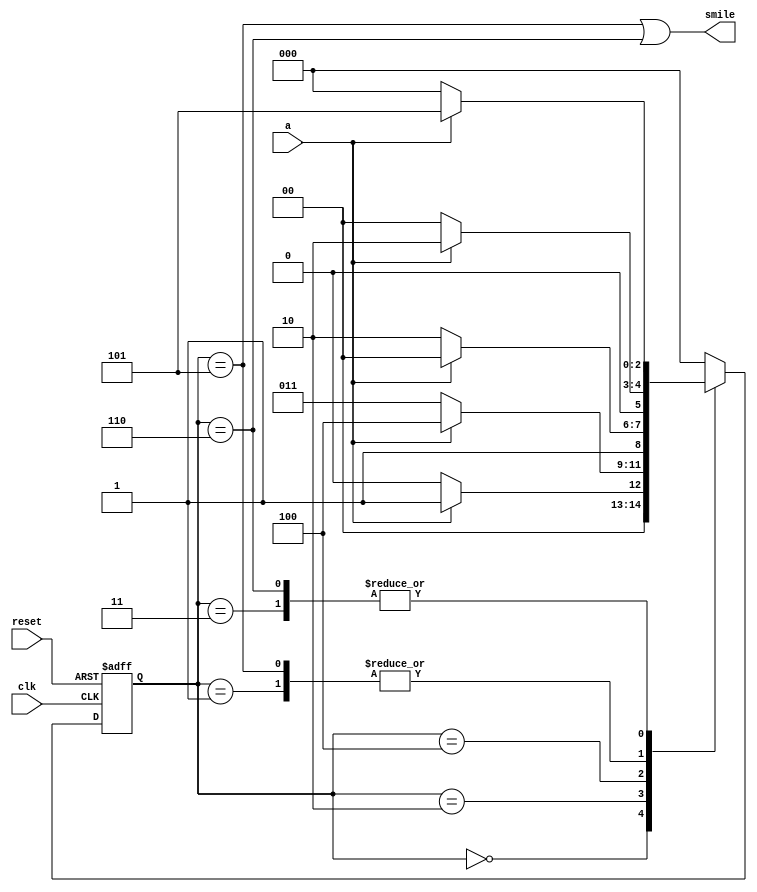
module SNAIL(
	input clk,reset,
	input a,
	output smile
);

	reg [2:0]state,nextstate;
	parameter S0 = 3'b000;
	parameter S1 = 3'b001;
	parameter S2 = 3'b010;
	parameter S3 = 3'b011;
	parameter S4 = 3'b100;
	parameter S5 = 3'b101;
	parameter S6 = 3'b110;

	always@ (posedge clk, posedge reset)
		if (reset) state <= S0;
		else       state <= nextstate;
		
	always@ (*)
		case(state)
			S0: if(a) nextstate = S1;
			    else  nextstate = S0;
			S1: if(a) nextstate = S2;
			    else  nextstate = S0;
			S2: if(a) nextstate = S4;
			    else  nextstate = S3;
			S3: if(a) nextstate = S5;
			    else  nextstate = S0;
			S4: if(a) nextstate = S4;
			    else  nextstate = S6;
			S5: if(a) nextstate = S2;
			    else  nextstate = S0;
			S6: if(a) nextstate = S5;
			    else  nextstate = S0;
			default:  nextstate = S0;
		endcase
		
	assign smile = (state == S5) | (state == S6);
	
endmodule